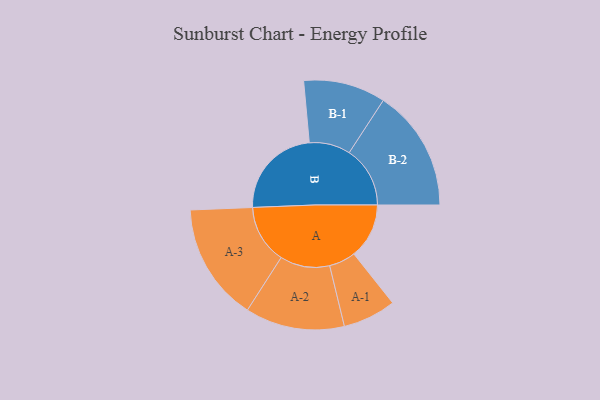
{"axis": {"x": "Segment", "y": "Value"}, "legend": ["", "A", "B"], "data": [{"x": "A", "y": 270, "type": ""}, {"x": "B", "y": 456, "type": ""}, {"x": "A-1", "y": 130, "type": "A"}, {"x": "A-2", "y": 243, "type": "A"}, {"x": "A-3", "y": 288, "type": "A"}, {"x": "B-1", "y": 201, "type": "B"}, {"x": "B-2", "y": 298, "type": "B"}]}